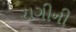
રાગીની